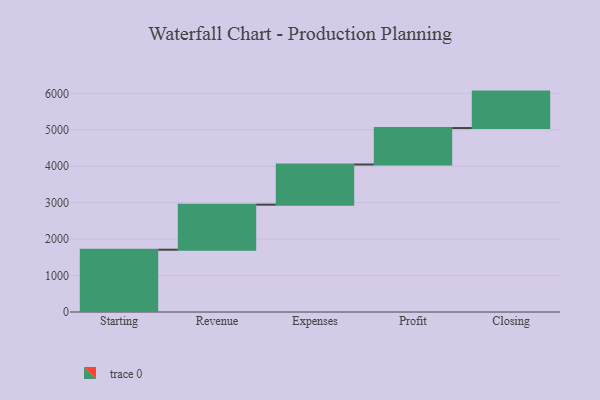
{"axis": {"x": "Step", "y": "Value"}, "legend": [""], "data": [{"x": "Starting", "y": 1709.0, "type": ""}, {"x": "Revenue", "y": 1236.0, "type": ""}, {"x": "Expenses", "y": 1102.0, "type": ""}, {"x": "Profit", "y": 1000, "type": ""}, {"x": "Closing", "y": 1000, "type": ""}]}